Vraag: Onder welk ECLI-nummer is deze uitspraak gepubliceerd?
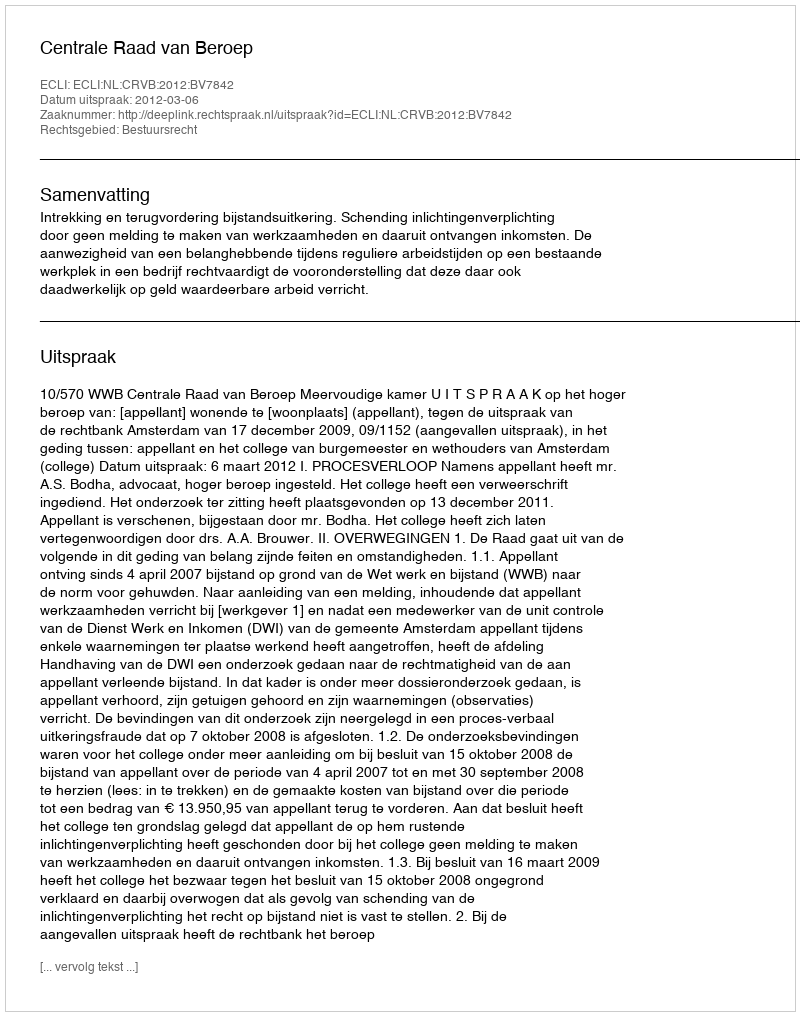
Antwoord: ECLI:NL:CRVB:2012:BV7842